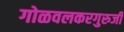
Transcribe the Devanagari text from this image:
गोळवलकरगुरुजी